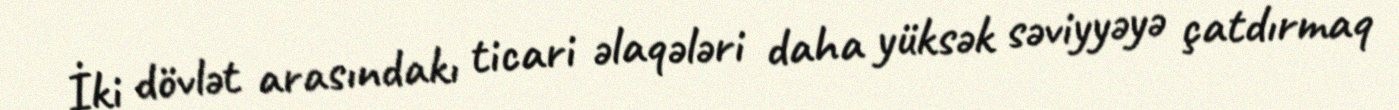
İki dövlət arasındakı ticari əlaqələri daha yüksək səviyyəyə çatdırmaq